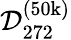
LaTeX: \mathcal{D}_{272}^{(\mathrm{50k})}